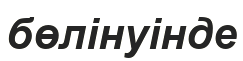
бөлінуінде